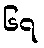
၆၇